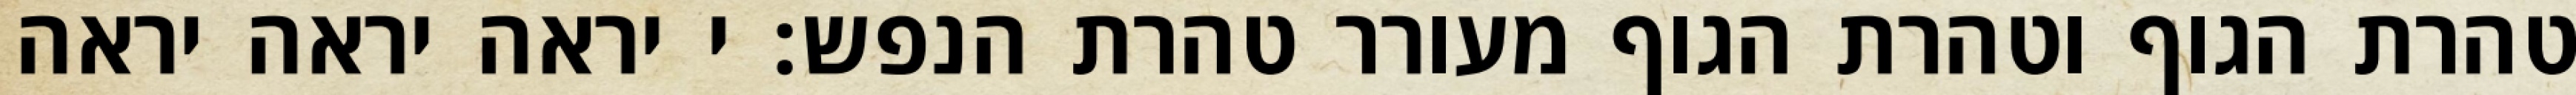
טהרת הגוף וטהרת הגוף מעורר טהרת הנפש: י יראה יראה יראה